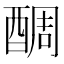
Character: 𨡑